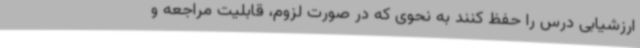
ارزشیابی درس را حفظ کنند به نحوی که در صورت لزوم، قابلیت مراجعه و